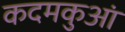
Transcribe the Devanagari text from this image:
कदमकुआं